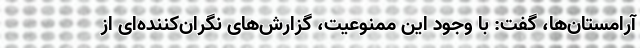
آرامستان‌ها، گفت: با وجود این ممنوعیت، گزارش‌های نگران‌کننده‌ای از